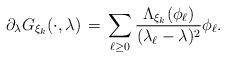
LaTeX: \begin{align*}\partial_{\lambda} G_{\xi_k}(\cdot,\lambda) \,=\, \sum_{\ell \geq 0}\frac{\Lambda_{\xi_k}(\phi_\ell)}{(\lambda_\ell -\lambda)^2}\phi_\ell.\end{align*}